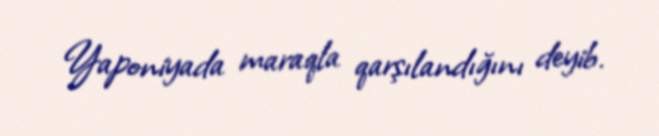
Yaponiyada maraqla qarşılandığını deyib.